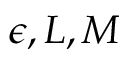
\epsilon , L , M